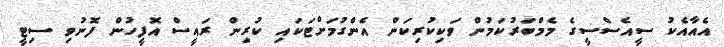
އެއާއެކު ސީއެސްސީގެ މެމްބަރުކަމުން ވަކިކުރިކަން އެންގުމަށްޓަކައި ކުރިން ރައީސް އޮފީހުން ފޮނުވި ސިޓީ